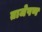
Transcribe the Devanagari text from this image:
ताजेपण